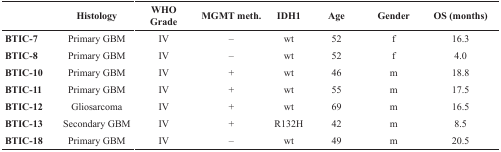
|  | Histology | WHO Grade | MGMT meth. | IDH1 | Age | Gender | OS (months) |
 | --- | --- | --- | --- | --- | --- | --- | --- |
 | BTIC-7 | Primary GBM | IV | – | wt | 52 | f | 16.3 |
 | BTIC-8 | Primary GBM | IV | – | wt | 52 | f | 4.0 |
 | BTIC-10 | Primary GBM | IV | + | wt | 46 | m | 18.8 |
 | BTIC-11 | Primary GBM | IV | + | wt | 55 | m | 17.5 |
 | BTIC-12 | Gliosarcoma | IV | + | wt | 69 | m | 16.5 |
 | BTIC-13 | Secondary GBM | IV | + | R132H | 42 | m | 8.5 |
 | BTIC-18 | Primary GBM | IV | – | wt | 49 | m | 20.5 |